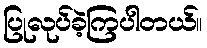
ပြုလုပ်ခဲ့ကြပါတယ်။